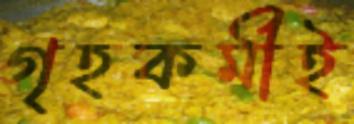
গৃহকর্মীই